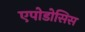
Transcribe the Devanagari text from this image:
एपोडोसिस